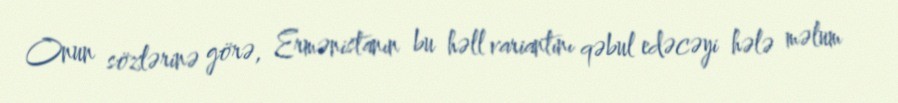
Onun sözlərinə görə, Ermənistanın bu həll variantını qəbul edəcəyi hələ məlum